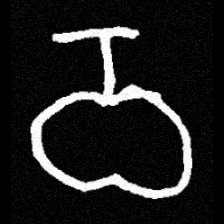
Pyu character \u2014 Myanmar letter: ဝ (romanized: wa)